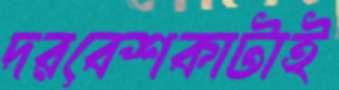
দরবেশকাটাই